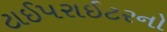
ટાઈપરાઈટરનો